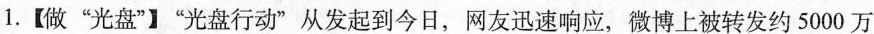
1.【做”光盘”】”光盘行动”从发起到今日，网友迅速响应，微博上被转发约5000万